NAE_ERA_R-2324_Eesti_Vabariigi_Pohiseaduslik_Assamblee, lk 29
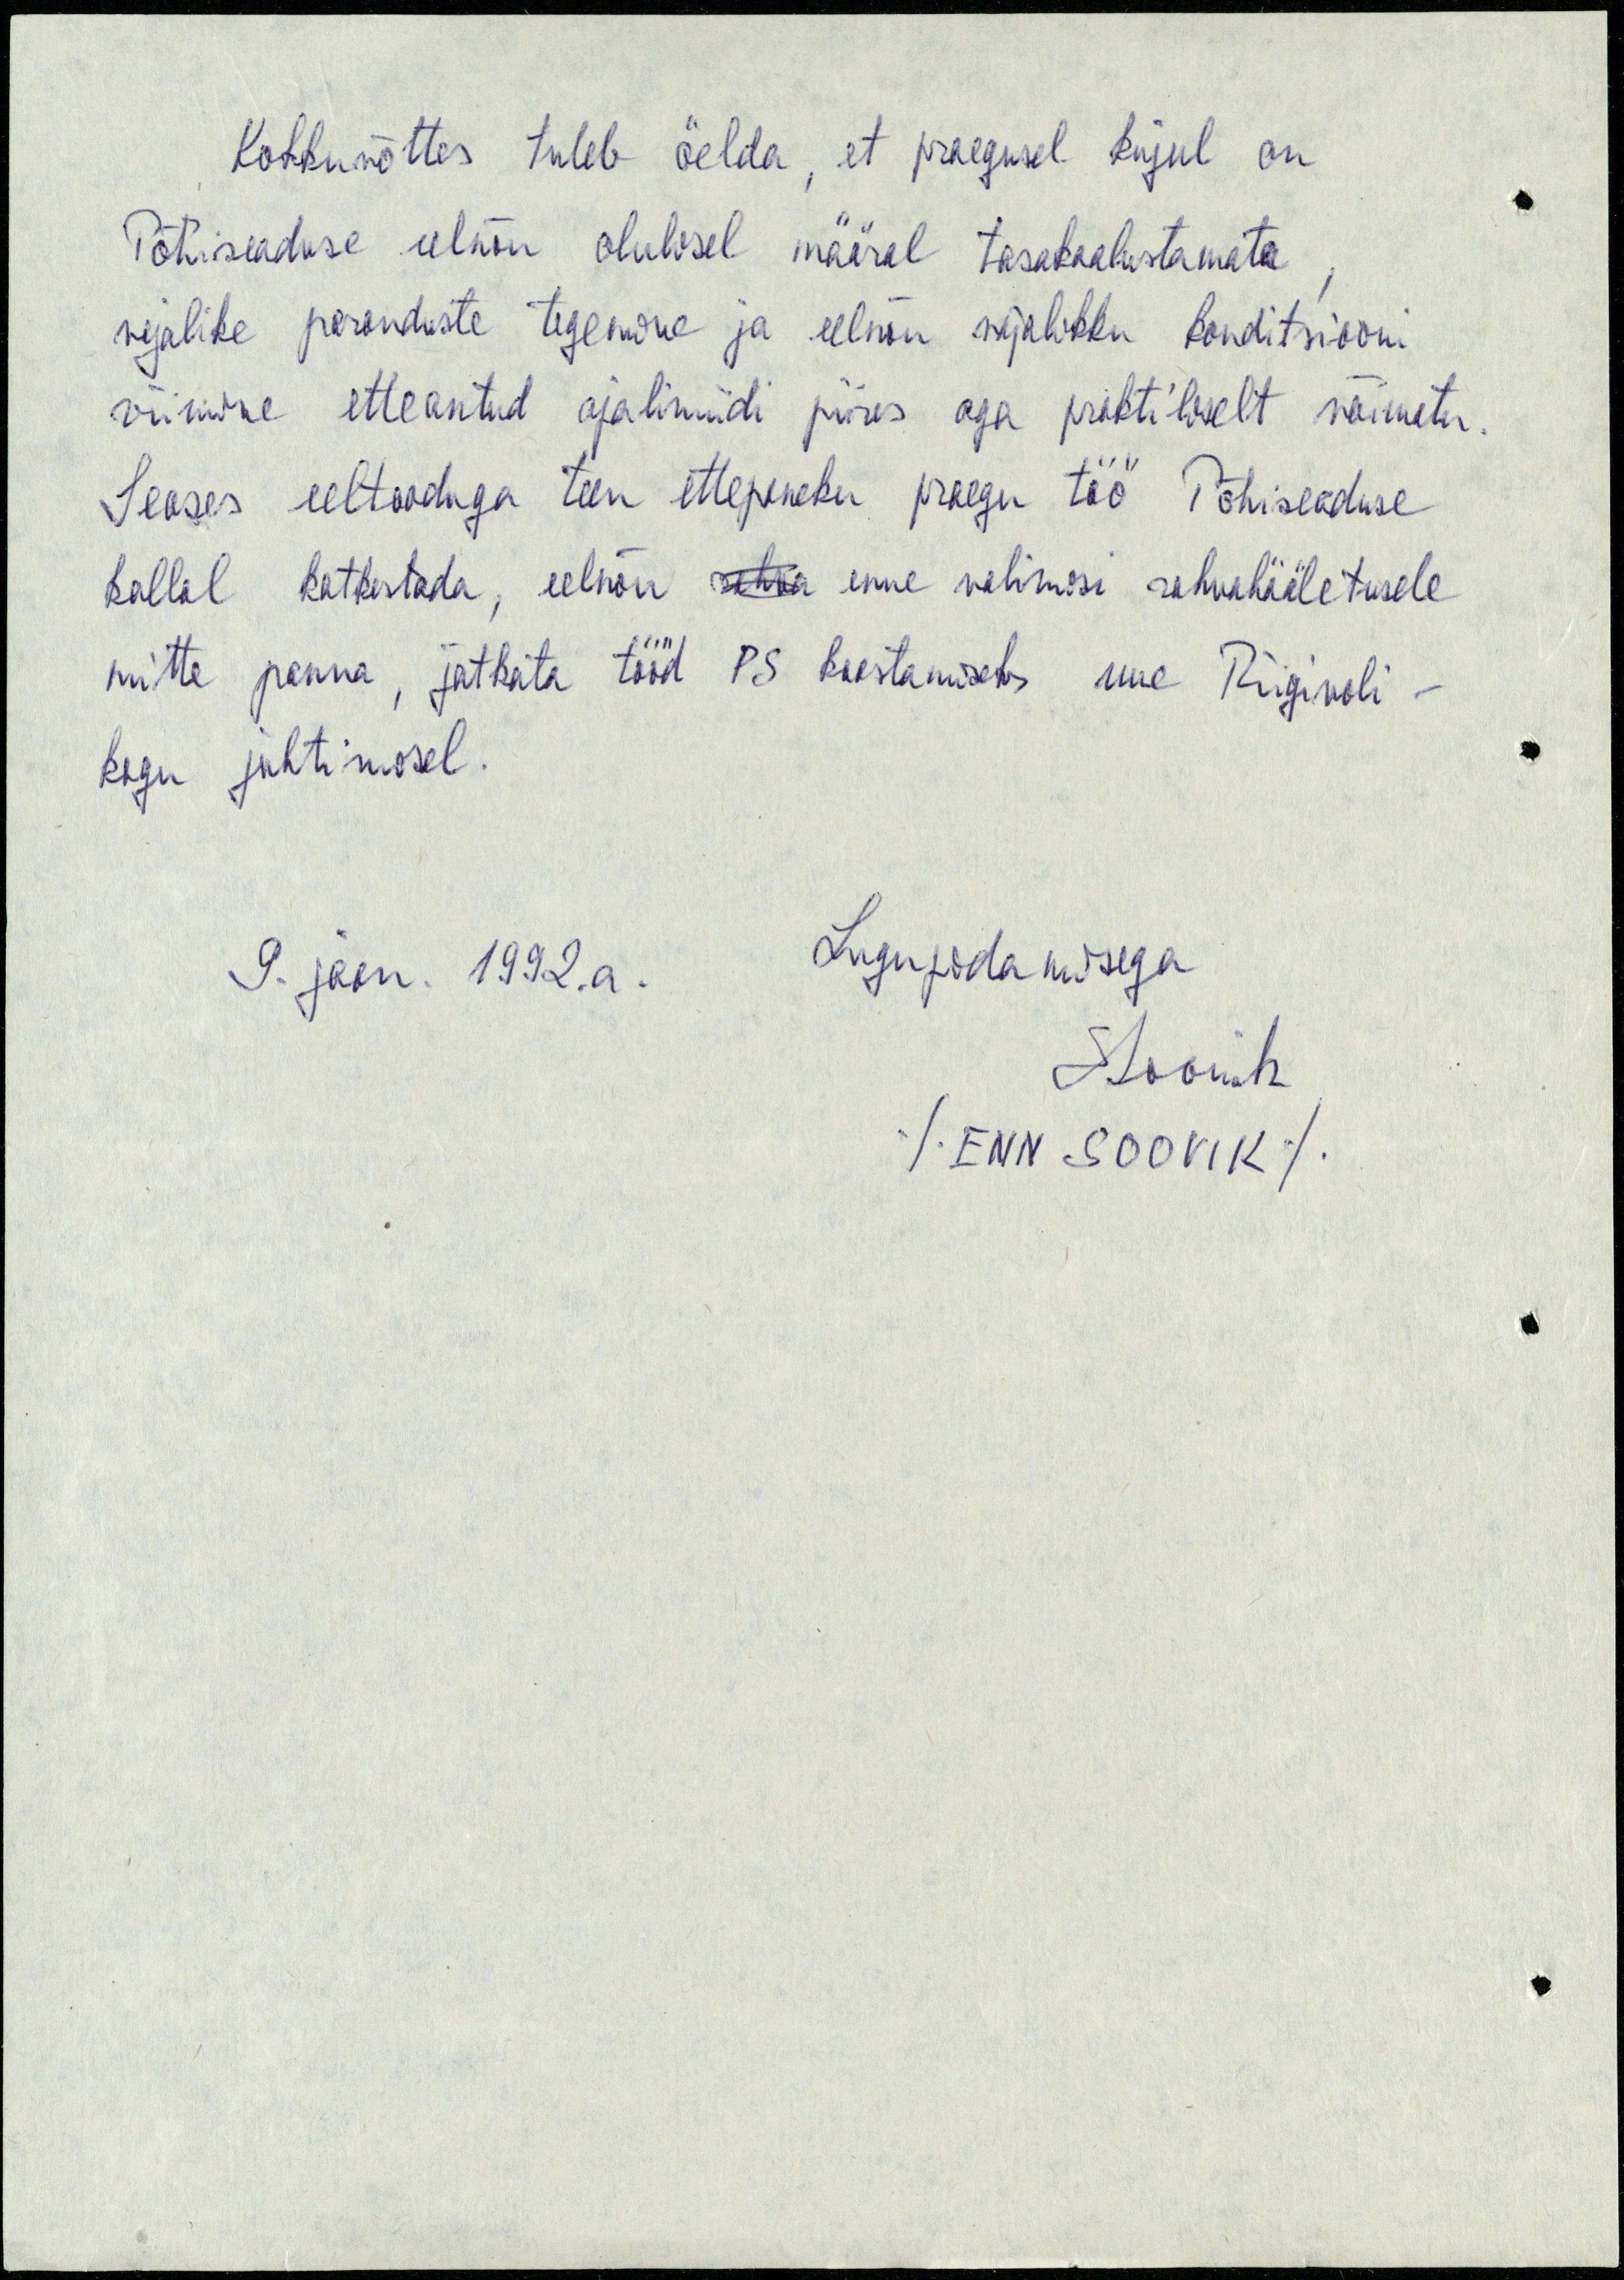
Kokkuvõttes tuleb öelda, et praegusel kujul on
Põhiseaduse eelnõu olulisel määral tasakaalustamata,
vajalike paranduste tegemine ja eelnõu vajalikku konditsiooni
viimine etteantud ajalimiidi piires aga praktiliselt võimatu.
Seoses eeltooduga teen ettepaneku praegu töö Põhiseaduse
kallal katkestada, eelnõu rahva enne valimisi rahvahääletusele
mitte panna, jätkata tööd PS koostamiseks uue Riigivoli-
kogu juhtimisel.
9. jaan. 1992.a.
Lugupidamisega
ESoovik
/Enn Soovik/